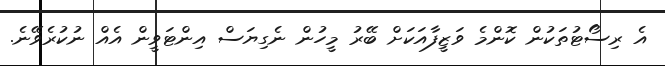
އެ ރިސޯޓުތަކުން ކޮންމެ ވަޒީފާއަކަށް ބޭރު މީހުން ނެގިޔަސް އިންޓަވީން އެއް ނުކުރެވޭނެ.